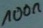
Text: 100n